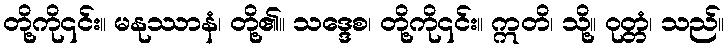
တို့ကို၎င်း။ မနုဿာနံ၊ တို့၏။ သဒ္ဒေစ၊ တို့ကို၎င်း။ ဣတိ၊ သို့။ ဝုတ္တံ၊ သည်။